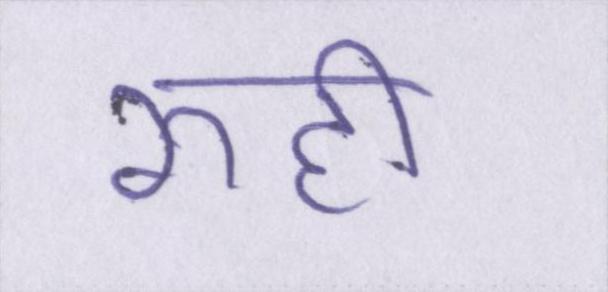
रूही